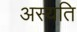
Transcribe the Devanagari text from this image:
अस्यति